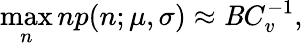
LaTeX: \operatorname*{max}_{n}np(n;\mu,\sigma)\approx\mathit{B}C_{v}^{-1},